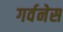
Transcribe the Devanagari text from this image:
गर्वनेस